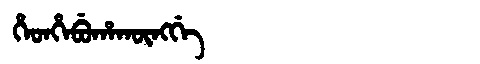
Manchu: ᡥᡝᡨᡥᡝᠪᡠᡥᠠᡴᡡᠩᡤᡝ
Romanization: HETHEBUHAKŪNGGE